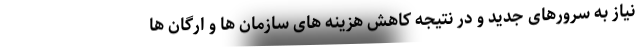
نیاز به سرورهای جدید و در نتیجه کاهش هزینه های سازمان ها و ارگان ها